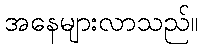
အနေများလာသည်။